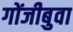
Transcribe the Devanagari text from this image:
गोंजीबुवा